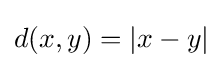
d(x,y)=\vert x-y\vert